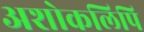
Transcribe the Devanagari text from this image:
अशोकलिपि